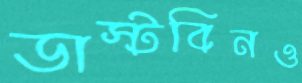
ডাস্টবিনও